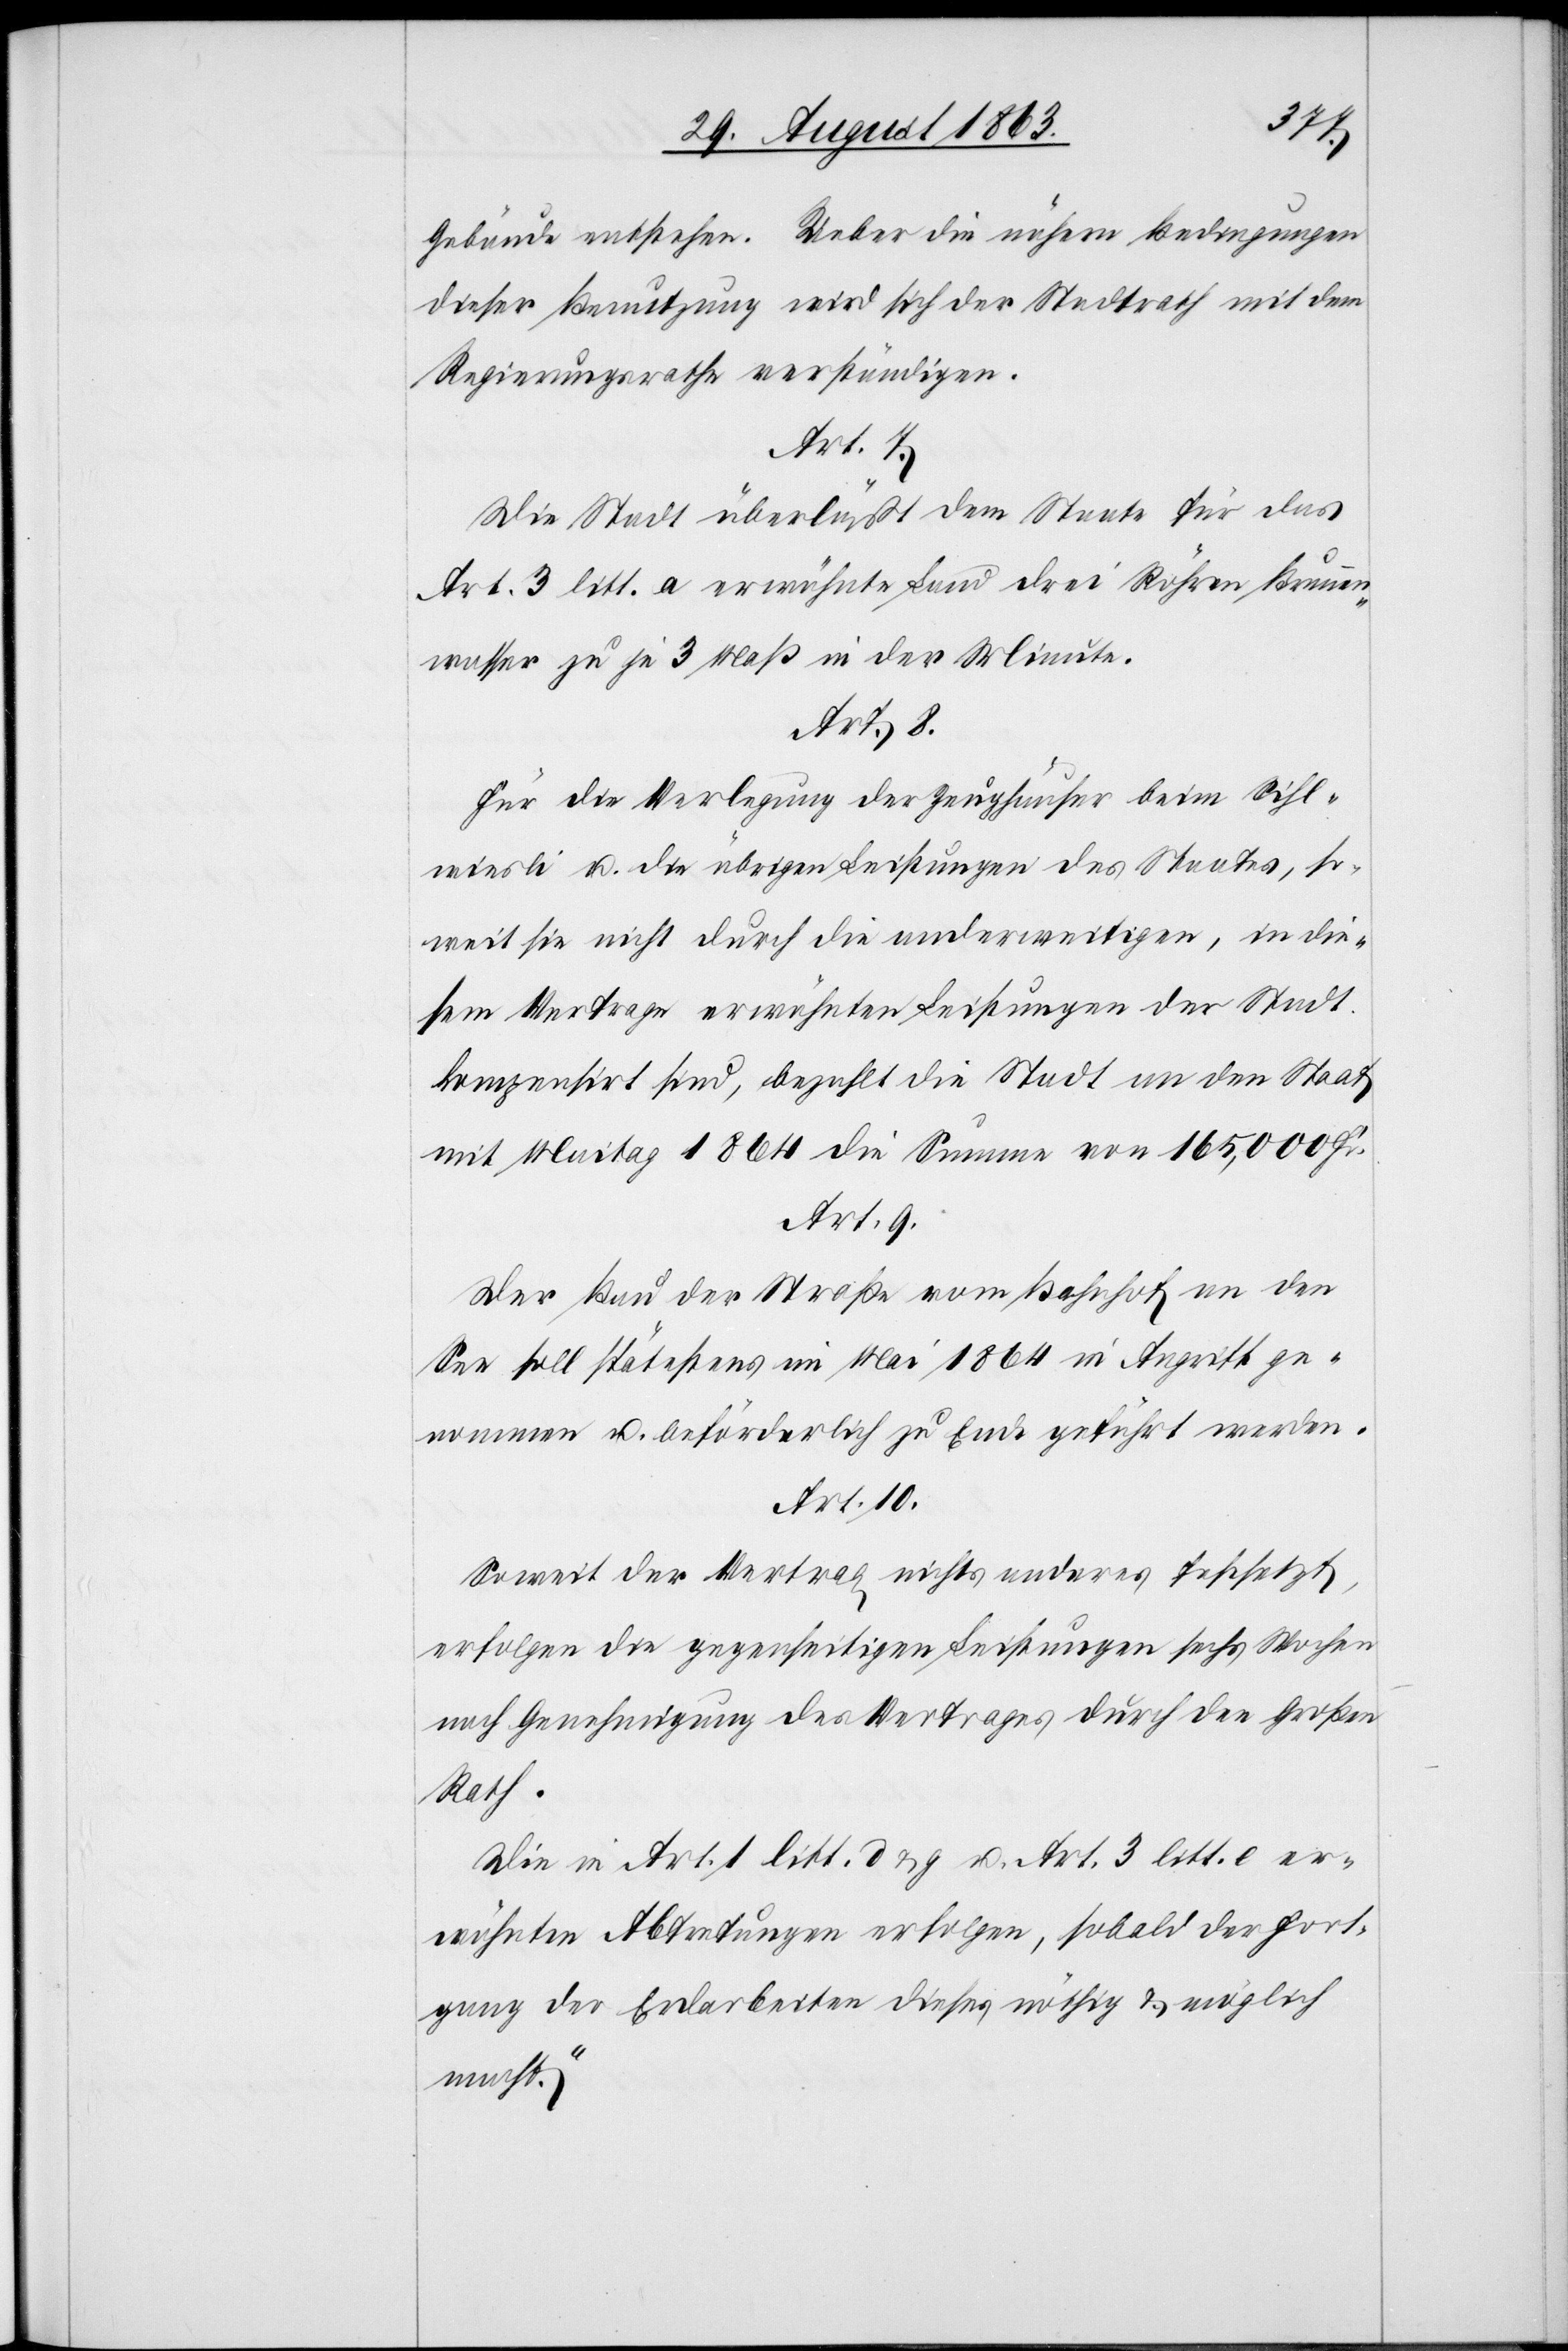
Gebäude entstehen. Ueber die nähern Bedingungen
dieser Benutzung wird sich der Stadtrath mit dem
Regierungsrathe verständigen.
Die Stadt überläßt dem Staate für das
Art. 3 litt. a erwähnte Land drei Röhren Brunnen¬
wasser zu je 3 Maß in der Minute.
Für die Verlegung der Zeughäuser beim Sihl¬
wiesli u. die übrigen Leistungen des Staates, so¬
weit sie nicht durch die anderweitigen, in die¬
sem Vertrage erwähnten Leistungen der Stadt
kompensirt sind, bezahlt die Stadt an den Staat
mit Maitag 1864 die Summe von 165,000 Fr.
Art. 9.
Der Bau der Straße vom Bahnhof an den
See soll spätestens im Mai 1864 in Angriff ge¬
nommen u. beförderlich zu Ende geführt werden.
Art. 10.
Soweit der Vertrag nichts anderes festsetzt,
erfolgen die gegenseitigen Leistungen sechs Wochen
nach Genehmigung des Vertrages durch den Großen
Rath.
Die in Art. 1 litt. d & g u. Art. 3 litt. e er¬
wähnten Abtretungen erfolgen, sobald der Fort¬
gang der Erdarbeiten dieses nöthig & möglich
macht.